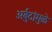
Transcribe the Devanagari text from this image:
अर्बुदांमुळे